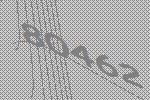
80462